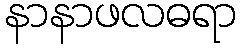
နာနာဖလဓရာ